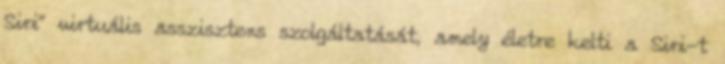
Siri” virtuális asszisztens szolgáltatását, amely életre kelti a Siri-t